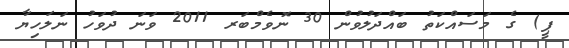
ޕީ) ގެ މަސައްކަތު ބައްދަލުވުން 30 ނޮވެމްބަރ 2011 ވަނަ ދުވަހު ނަލަހިޔާ